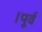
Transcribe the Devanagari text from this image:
।पूर्व